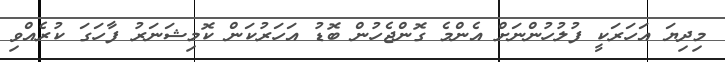
މިިދިޔަ އަހަރަކީ ފުލުހުންނަށް އެންމެ ގޮންޖެހުން ބޮޑު އަހަރުކަން ކޮމިޝަނަރު ފާހަގަ ކުރެއްވި